Annual statistical returns and brief notes on vaccination in Bengal - 1896-1909
Year: 1896
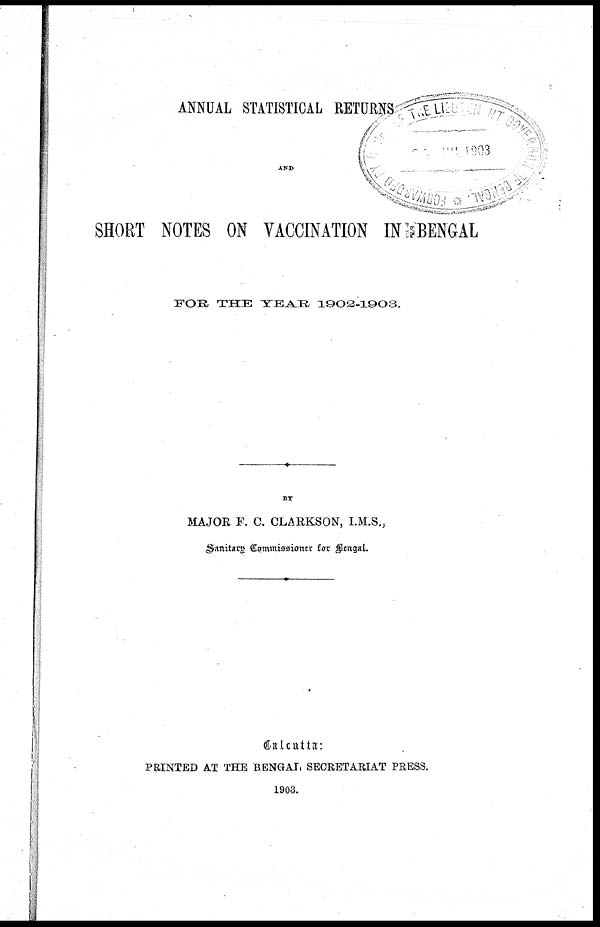
ANNUAL STATISTICAL RETURNS
AND
SHORT NOTES ON VACCINATION IN BENGAL
FOR THE YEAR 1902-1903.
BY
MAJOR F. C. CLARKSON, I.M.S.,
Sanitary Commissioner for Bengal.
Calcutta:
PRINTED AT THE BENGAL SECRETARIAT PRESS.
1903.